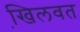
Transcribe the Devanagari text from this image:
खि़लवत